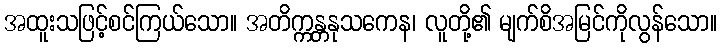
အထူးသဖြင့်စင်ကြယ်သော။ အတိက္ကန္တနုသကေန၊ လူတို့၏ မျက်စိအမြင်ကိုလွန်သော။